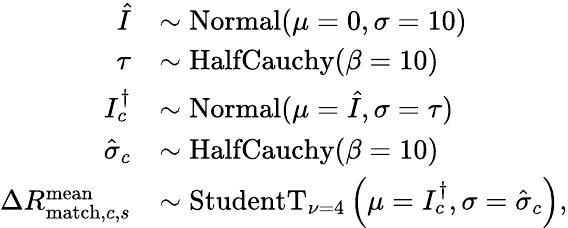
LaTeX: \begin{array}{rl}{\hat{I}}&{\sim\mathrm{Normal}(\mu=0,\sigma=10)}\\ {\tau}&{\sim\mathrm{HalfCauchy}(\beta=10)}\\ {I_{c}^{\dagger}}&{\sim\mathrm{Normal}(\mu=\hat{I},\sigma=\tau)}\\ {\hat{\sigma}_{c}}&{\sim\mathrm{HalfCauchy}(\beta=10)}\\ {\Delta R_{\mathrm{match},c,s}^{\mathrm{mean}}}&{\sim\mathrm{StudentT}_{\nu=4}\left(\mu=I_{c}^{\dagger},\sigma=\hat{\sigma}_{c}\right),}\end{array}